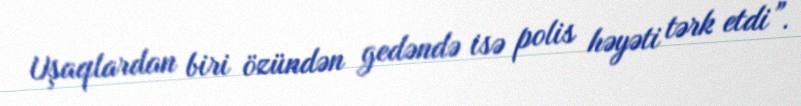
Uşaqlardan biri özündən gedəndə isə polis həyəti tərk etdi”.